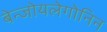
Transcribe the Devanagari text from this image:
बेन्जोयलेगोनिन